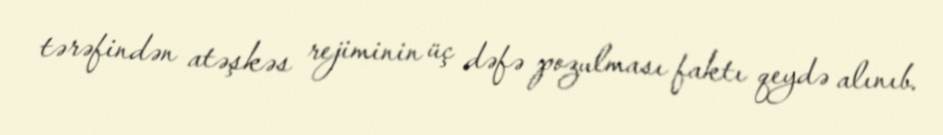
tərəfindən atəşkəs rejiminin üç dəfə pozulması faktı qeydə alınıb.